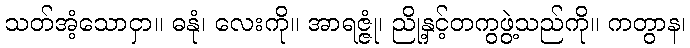
သတ်အံ့သောငှာ။ ဓနုံ၊ လေးကို။ အာရဇ္ဇုံ၊ ညို့နှင့်တကွဖွဲ့သည်ကို။ ကတွာန၊